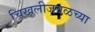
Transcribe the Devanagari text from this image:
चिखलीजवळच्या